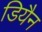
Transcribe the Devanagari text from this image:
डियैन